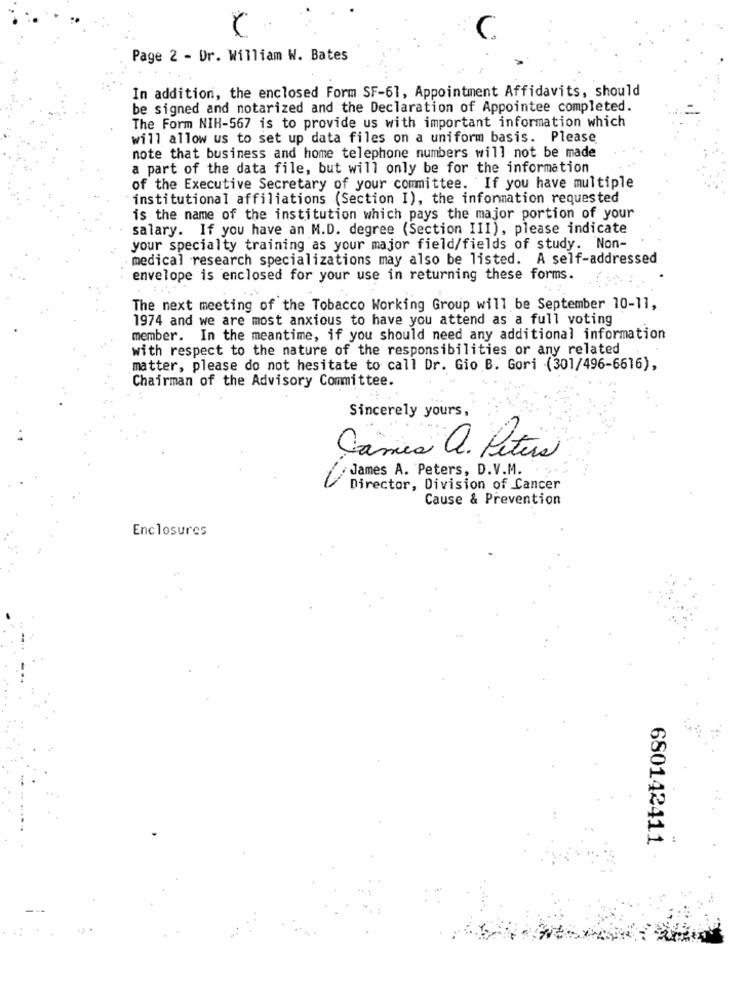
Page 2 - Dr. William W. Bates
In addition, the enclosed Form SF-61, Appointment Affidavits, should
be signed and notarized and the Declaration of Appointee completed.
The Form NIH-567 is to provide us with important information which
will allow us to set up data files on a uniform basis. Please
note that business and home telephone numbers will not be made
a part of the data file, but will only be for the information
of the Executive Secretary of your committee. If you have multiple
institutional affiliations (Section I), the information requested
is the name of the institution which pays the major portion of your
salary. If you have an M.D. degree (Section III), please indicate
your specialty training as your major field/fields of study. Non-
medical research specializations may also be listed. A self-addressed
envelope is enclosed for your use in returning these forms.
The next meeting of the Tobacco Working Group will be September 10-11,
1974 and we are most anxious to have you attend as a full voting
member. In the meantime, if you should need any additional information
with respect to the nature of the responsibilities or any related
matter, please do not hesitate to call Dr. Gio B. Gori (301/496-6616),
Chairman of the Advisory Committee.
Sincerely yours,
Games a. Peters
James A. Peters, D.V.M.
Director, Division of Cancer
Cause & Prevention
Enclosures
680142411